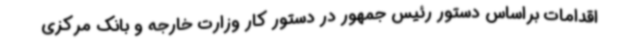
اقدامات براساس دستور رئیس جمهور در دستور کار وزارت خارجه و بانک مرکزی